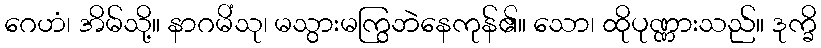
ဂေဟံ၊ အိမ်သို့။ နာဂမိံသု၊ မသွားမကြွဘဲနေကုန်၏။ သော၊ ထိုပုဏ္ဏားသည်။ ဒုက္ခိ